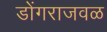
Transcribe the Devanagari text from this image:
डोंगराजवळ